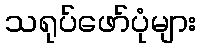
သရုပ်ဖော်ပုံများ